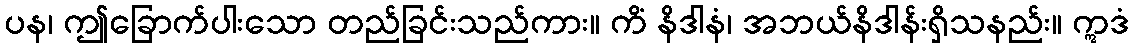
ပန၊ ဤခြောက်ပါးသော တည်ခြင်းသည်ကား။ ကိံ နိဒါနံ၊ အဘယ်နိဒါန်းရှိသနည်း။ ဣဒံ